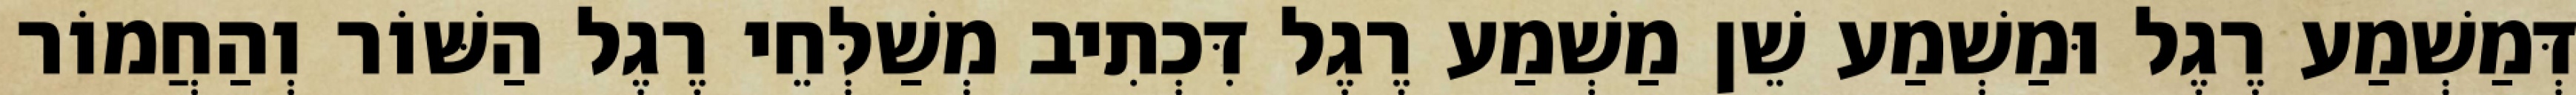
דְּמַשְׁמַע רֶגֶל וּמַשְׁמַע שֵׁן מַשְׁמַע רֶגֶל דִּכְתִיב מְשַׁלְּחֵי רֶגֶל הַשּׁוֹר וְהַחֲמוֹר